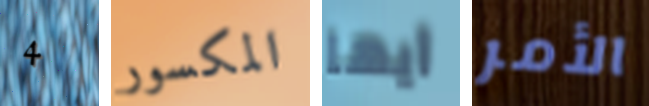
4 المكسور أيها الأمر